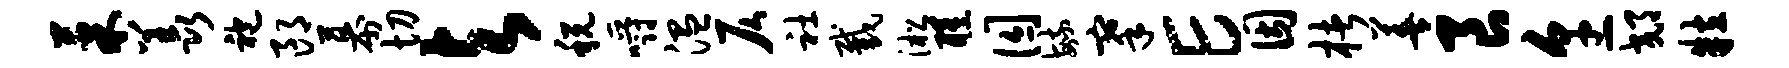
果羡袍郎幕切与税嚼温仄社截淞醺囚毓搴E因楮善良烹郊粒